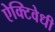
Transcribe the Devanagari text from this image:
ऐक्टिवेधी